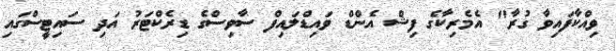
ވިއްކާފައިވާ ގުރާ" އެމެރިކާގެ ފިޝް އެންޑް ވައިޑްލައިފް ސާވިސްގެ ޑިރެކްޓަރު އަދި ސައިޓީސްގައި